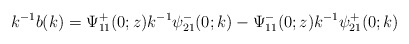
\begin{align*}k^{-1}b(k)=\Psi^+_{11}(0 ; z) k^{-1} \psi^-_{21}(0 ; k)-\Psi^-_{11}(0;z)k^{-1}\psi^+_{21}(0 ; k)\end{align*}